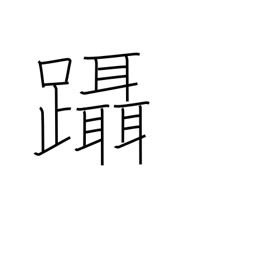
Meaning: step on